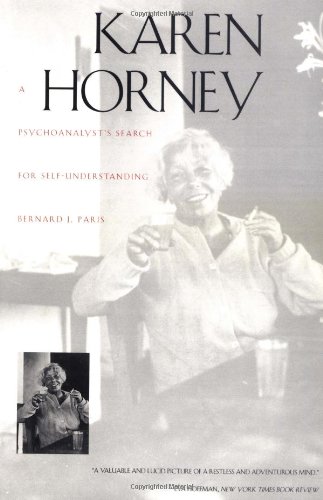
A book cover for Karen Horney: A Psychoanalyst`s Search for Self-Understanding; Bernard J. Paris; Biographies & Memoirs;